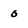
Character: o